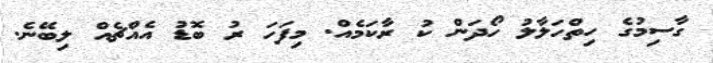
ގާސިމުގެ ހިތްހަލާލު ހޯދަން ކު ރާކަމެއް. މިފަހަ ރު ބޮޑު އެއްޗެއް ލިބޭނެ.